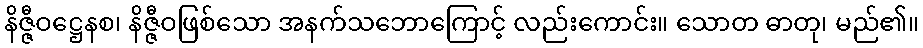
နိဇ္ဇီဝဋ္ဌေနစ၊ နိဇ္ဇီဝဖြစ်သော အနက်သဘောကြောင့် လည်းကောင်း။ သောတ ဓာတု၊ မည်၏။